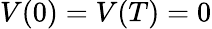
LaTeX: V(0)=V(T)=0